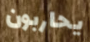
يحاربون